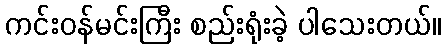
ကင်းဝန်မင်းကြီး စည်းရုံးခဲ့ ပါသေးတယ်။